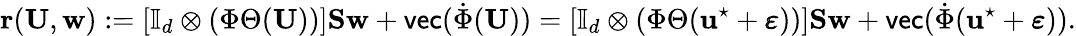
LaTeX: \mathbf{r}(\mathbf{U},\mathbf{w}):=\left[\mathbb{I}_{d}\otimes(\Phi\Theta(\mathbf{U}))\right]\mathbf{S}\mathbf{w}+\textsf{vec}(\dot{\Phi}(\mathbf{U}))=\left[\mathbb{I}_{d}\otimes(\Phi\Theta(\mathbf{u}^{\star}+\pmb{\varepsilon}))\right]\mathbf{S}\mathbf{w}+\textsf{vec}(\dot{\Phi}(\mathbf{u}^{\star}+\boldsymbol{\varepsilon})).